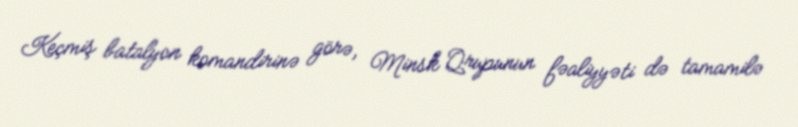
Keçmiş batalyon komandirinə görə, Minsk Qrupunun fəaliyyəti də tamamilə